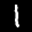
Label: 1